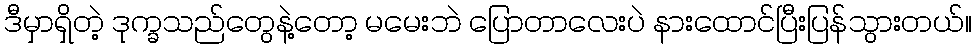
ဒီမှာရှိတဲ့ ဒုက္ခသည်တွေနဲ့တော့ မမေးဘဲ ပြောတာလေးပဲ နားထောင်ပြီးပြန်သွားတယ်။